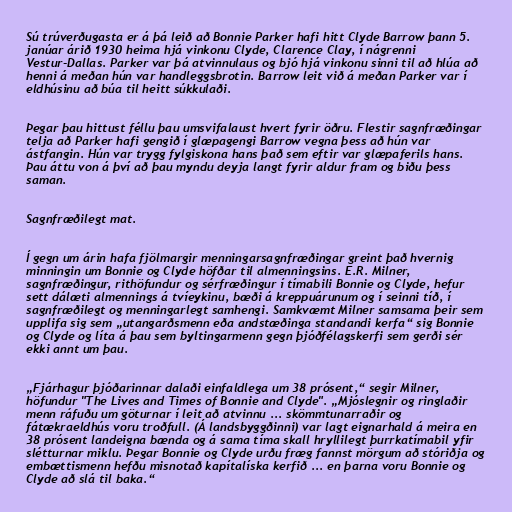
Sú trúverðugasta er á þá leið að Bonnie Parker hafi hitt Clyde Barrow þann 5.
janúar árið 1930 heima hjá vinkonu Clyde, Clarence Clay, í nágrenni
Vestur-Dallas. Parker var þá atvinnulaus og bjó hjá vinkonu sinni til að hlúa að
henni á meðan hún var handleggsbrotin. Barrow leit við á meðan Parker var í
eldhúsinu að búa til heitt súkkulaði.

Þegar þau hittust féllu þau umsvifalaust hvert fyrir öðru. Flestir sagnfræðingar
telja að Parker hafi gengið í glæpagengi Barrow vegna þess að hún var
ástfangin. Hún var trygg fylgiskona hans það sem eftir var glæpaferils hans.
Þau áttu von á því að þau myndu deyja langt fyrir aldur fram og biðu þess
saman.

Sagnfræðilegt mat.

Í gegn um árin hafa fjölmargir menningarsagnfræðingar greint það hvernig
minningin um Bonnie og Clyde höfðar til almenningsins. E.R. Milner,
sagnfræðingur, rithöfundur og sérfræðingur í tímabili Bonnie og Clyde, hefur
sett dálæti almennings á tvíeykinu, bæði á kreppuárunum og í seinni tíð, í
sagnfræðilegt og menningarlegt samhengi. Samkvæmt Milner samsama þeir sem
upplifa sig sem „utangarðsmenn eða andstæðinga standandi kerfa“ sig Bonnie
og Clyde og líta á þau sem byltingarmenn gegn þjóðfélagskerfi sem gerði sér
ekki annt um þau.

„Fjárhagur þjóðarinnar dalaði einfaldlega um 38 prósent,“ segir Milner,
höfundur "The Lives and Times of Bonnie and Clyde". „Mjóslegnir og ringlaðir
menn ráfuðu um göturnar í leit að atvinnu ... skömmtunarraðir og
fátækraeldhús voru troðfull. (Á landsbyggðinni) var lagt eignarhald á meira en
38 prósent landeigna bænda og á sama tíma skall hryllilegt þurrkatímabil yfir
slétturnar miklu. Þegar Bonnie og Clyde urðu fræg fannst mörgum að stóriðja og
embættismenn hefðu misnotað kapítalíska kerfið ... en þarna voru Bonnie og
Clyde að slá til baka.“